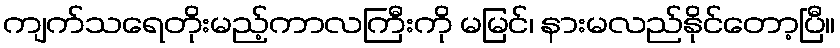
ကျက်သရေတိုးမည့်ကာလကြီးကို မမြင်၊ နားမလည်နိုင်တော့ပြီ။